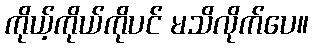
ကိုယ့်ကိုယ်ကိုပင် မသိလိုက်ပေ။